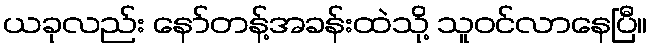
ယခုလည်း နော်တန့်အခန်းထဲသို့ သူဝင်လာနေပြီ။